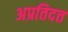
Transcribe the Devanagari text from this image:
अप्रतिदत्त